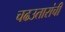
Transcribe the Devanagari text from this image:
चढउतारांची